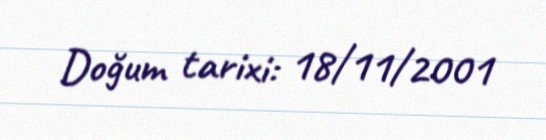
Doğum tarixi: 18/11/2001